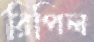
রিপিল